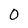
Character: 0